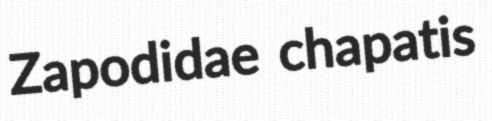
Zapodidae chapatis